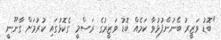
"ބޮޑު ވަޒީރު ބޭނުންފުޅުވާ ކަމެއް ބޮޑު ވަޒީރުގެ ރަސްމީ ގެކޮޅުގައި ކުރުމަށް ގާނޫނީ